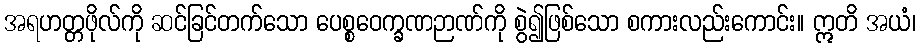
အရဟတ္တဖိုလ်ကို ဆင်ခြင်တက်သော ပေစ္စဝေက္ခဏဉာဏ်ကို စွဲ၍ဖြစ်သော စကားလည်းကောင်း။ ဣတိ အယံ၊